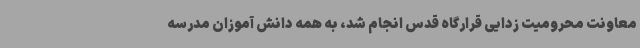
معاونت‌ محرومیت زدایی قرارگاه قدس انجام شد، به همه دانش آموزان مدرسه